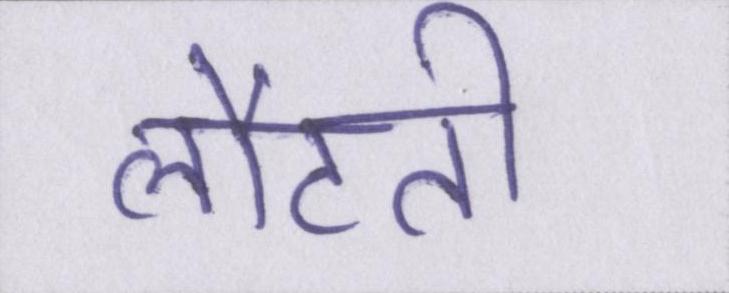
लौटती